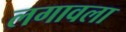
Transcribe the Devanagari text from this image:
लगावला